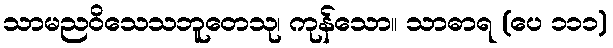
သာမညဝိသေသဘူတေသု၊ ကုန်သော။ သာဓာရ (ပေ ၁၁၁)